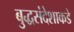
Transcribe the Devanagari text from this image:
बुद्धसंदेशाकडे